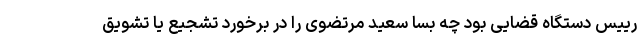
رییس دستگاه قضایی بود چه بسا سعید مرتضوی را در برخورد تشجیع یا تشویق